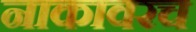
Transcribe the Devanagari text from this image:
नाकावरच